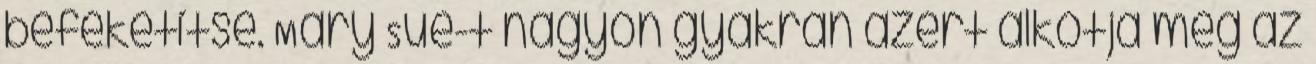
befeketítse. Mary Sue-t nagyon gyakran azért alkotja meg az